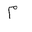
Letter: _mim